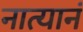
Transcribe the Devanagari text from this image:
नात्यानं